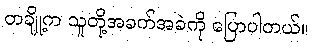
တချို့က သူတို့အခက်အခဲကို ပြောပါတယ်။